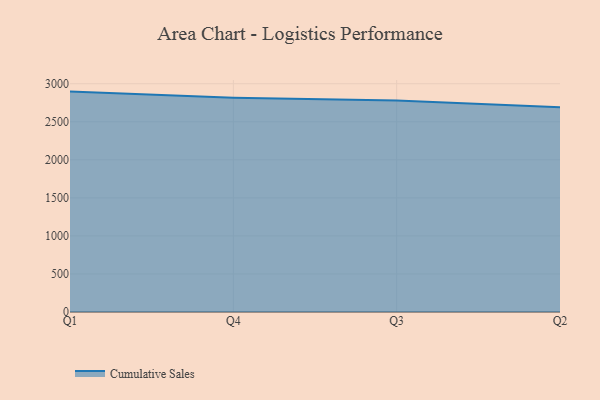
{"axis": {"x": "Quarter", "y": "Tickets Resolved"}, "legend": ["Cumulative Sales"], "data": [{"x": "Q1", "y": 2897.0, "type": "Cumulative Sales"}, {"x": "Q4", "y": 2817.5, "type": "Cumulative Sales"}, {"x": "Q3", "y": 2780.8, "type": "Cumulative Sales"}, {"x": "Q2", "y": 2692.3, "type": "Cumulative Sales"}]}